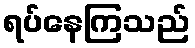
ရပ်နေကြသည်